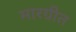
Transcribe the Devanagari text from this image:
मारग्रीत